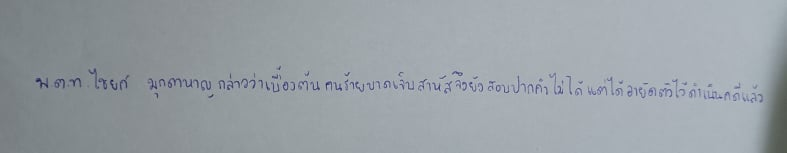
พ.ต.ท.ไชยศ มุกดาหาญกล่าวว่าเบื้องต้นคนร้ายบาดเจ็บสาหัสจึงยังสอบปากคำไม่ได้แต่ได้อายัดตัวไว้ดำเนินคดีแล้ว